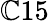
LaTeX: \mathbb{C}15